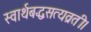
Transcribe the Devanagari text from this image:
स्वार्थबद्धसत्यव्रती।